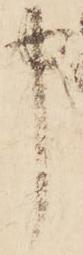
申